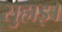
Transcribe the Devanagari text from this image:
सुहाइ।